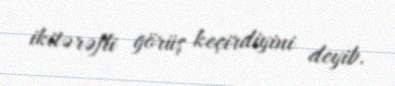
ikitərəfli görüş keçirdiyini deyib.